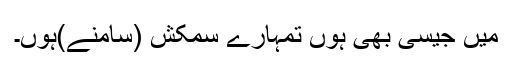
میں جیسی بھی ہوں تمہارے سمکش (سامنے)ہوں۔